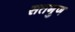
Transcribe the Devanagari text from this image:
सतगुण